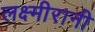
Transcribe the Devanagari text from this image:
लक्ष्मीरानी